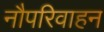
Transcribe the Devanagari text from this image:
नौपरिवाहन